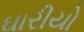
ઘારીયો